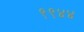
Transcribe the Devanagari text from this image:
९९४४